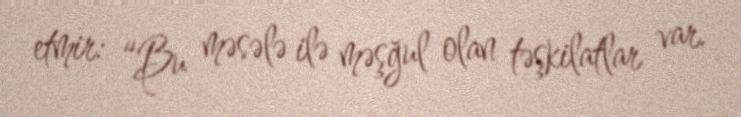
etmir: “Bu məsələ ilə məşğul olan təşkilatlar var.